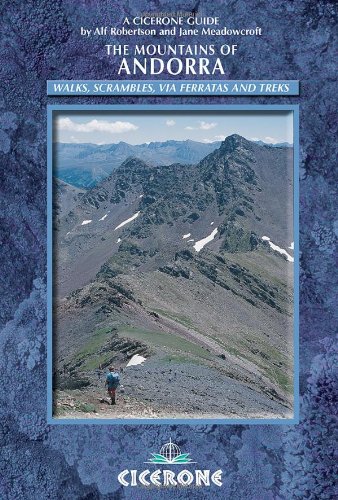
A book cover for The Mountains of Andorra: Walks, Scrambles, Via Ferratas and Treks (International series); Alf Robertson; Travel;